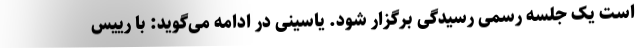
است یک جلسه رسمی رسیدگی برگزار شود. یاسینی در ادامه می‌گوید: با رییس